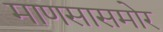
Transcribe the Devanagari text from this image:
माणसासमोर